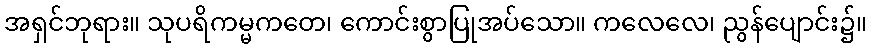
အရှင်ဘုရား။ သုပရိကမ္မကတေ၊ ကောင်းစွာပြုအပ်သော။ ကလေလေ၊ ညွန်ပျောင်း၌။